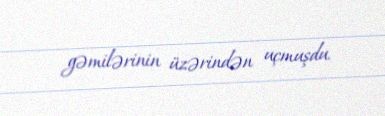
gəmilərinin üzərindən uçmuşdu.